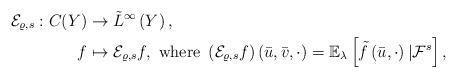
LaTeX: \begin{align*}\mathcal{E}_{\varrho,s}:C(Y) & \to\tilde{L}^{\infty}\left(Y\right),\\f & \mapsto\mathcal{E}_{\varrho,s}f,\mbox{ where }\left(\mathcal{E}_{\varrho,s}f\right)(\bar{u},\bar{v},\cdot)=\mathbb{E}_{\lambda}\left[\tilde{f}\left(\bar{u},\cdot\right)|\mathcal{F}^{s}\right],\end{align*}